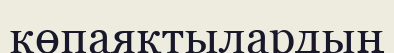
көпаяқтылардың